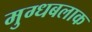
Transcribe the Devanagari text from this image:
मुग्धबलाक